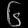
Digit: ၆